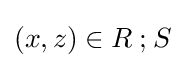
(x,z)\in R\mathbin {;} S